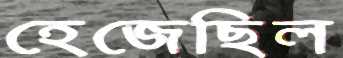
হেজেছিল